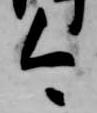
今